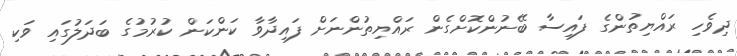
ދިވެހި ރައްޔިތުންގެ ފައިސާ ބޭނުންކޮށްގެން ރައްޔިތުންނަށް ފައިދާވާ ކަންކަން ކުރުމުގެ ބަދަލުގައި ވަކި